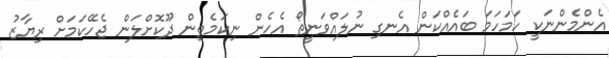
އެންމެންނަކީ ހަމަހަމަ ބައެއްކަން އެނގި ނުލައްވަނީތޯ އެހެން ނިކަމެތިން ދޫކޮށްލަން ޖެހޭކަމަށް ރިޔާޒު